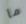
ما